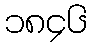
၁၈၄၆